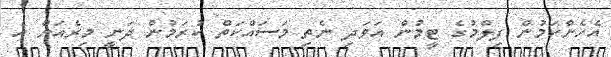
އެހެންކަމުން ފިލްމުގެ ޓީމުން އަވަދި ނެތި މަސައްކަތް ކުރަމުން ދަނީ މިރެއަށް އެ